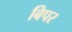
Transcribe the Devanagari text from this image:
बिपर